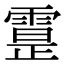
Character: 𩄕